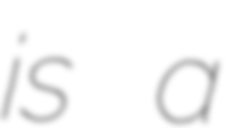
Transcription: is a